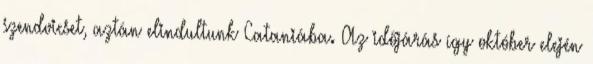
szendvicset, aztán elindultunk Cataniába. Az időjárás így október elején